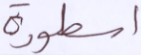
أسطورة